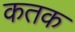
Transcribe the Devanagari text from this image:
कतक